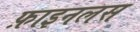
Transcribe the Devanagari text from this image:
फ़ाइनलस